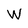
Character: W